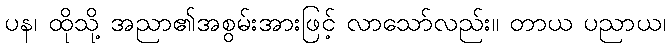
ပန၊ ထိုသို့ အညာ၏အစွမ်းအားဖြင့် လာသော်လည်း။ တာယ ပညာယ၊